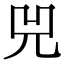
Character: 兕